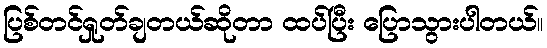
ပြစ်တင်ရှုတ်ချတယ်ဆိုတာ ထပ်ပြီး ပြောသွားပါတယ်။